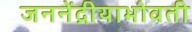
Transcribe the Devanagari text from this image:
जननेंद्रीयाभोवती